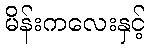
မိန်းကလေးနှင့်